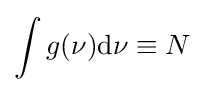
\int g(\nu ){\rm {d}}\nu \equiv N